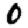
Digit: 0